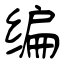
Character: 编